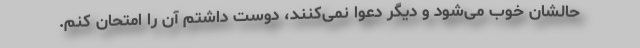
حالشان خوب می‌شود و دیگر دعوا نمی‌کنند، دوست داشتم آن را امتحان کنم.